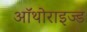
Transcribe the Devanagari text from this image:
ऑथोराइज्ड